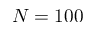
N = 1 0 0